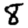
Digit: 8